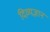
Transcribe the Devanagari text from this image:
दिव्यज्ञानं